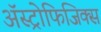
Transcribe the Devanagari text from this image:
अॅस्ट्रोफिजिक्स